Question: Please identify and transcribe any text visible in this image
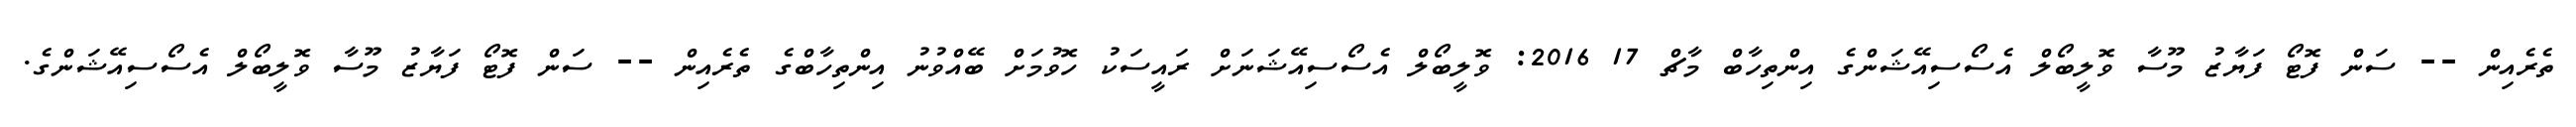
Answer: ތެރެއިން -- ސަން ފޮޓޯ ފަޔާޒު މޫސާ ވޮލީބޯލް އެސޯސިއޭޝަންގެ އިންތިހާބް މާޗް 17 2016: ވޮލީބޯލް އެސޯސިއޭޝަނަށް ރައީސަކު ހޮވުމަށް ބޭއްވުނު އިންތިހާބްގެ ތެރެއިން -- ސަން ފޮޓޯ ފަޔާޒު މޫސާ ވޮލީބޯލް އެސޯސިއޭޝަންގެ.